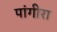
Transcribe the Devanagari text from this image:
पांगीरा